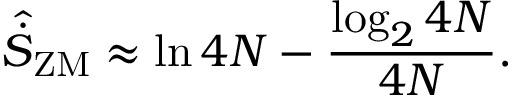
\hat { \dot { S } } _ { \mathrm { Z M } } \approx \ln { 4 N } - \frac { \log _ { 2 } { 4 N } } { 4 N } .